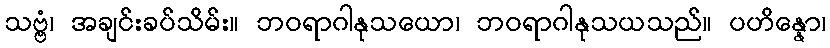
သဗ္ဗံ၊ အချင်းခပ်သိမ်း။ ဘဝရာဂါနုသယော၊ ဘဝရာဂါနုသယသည်။ ပဟိန္နော၊